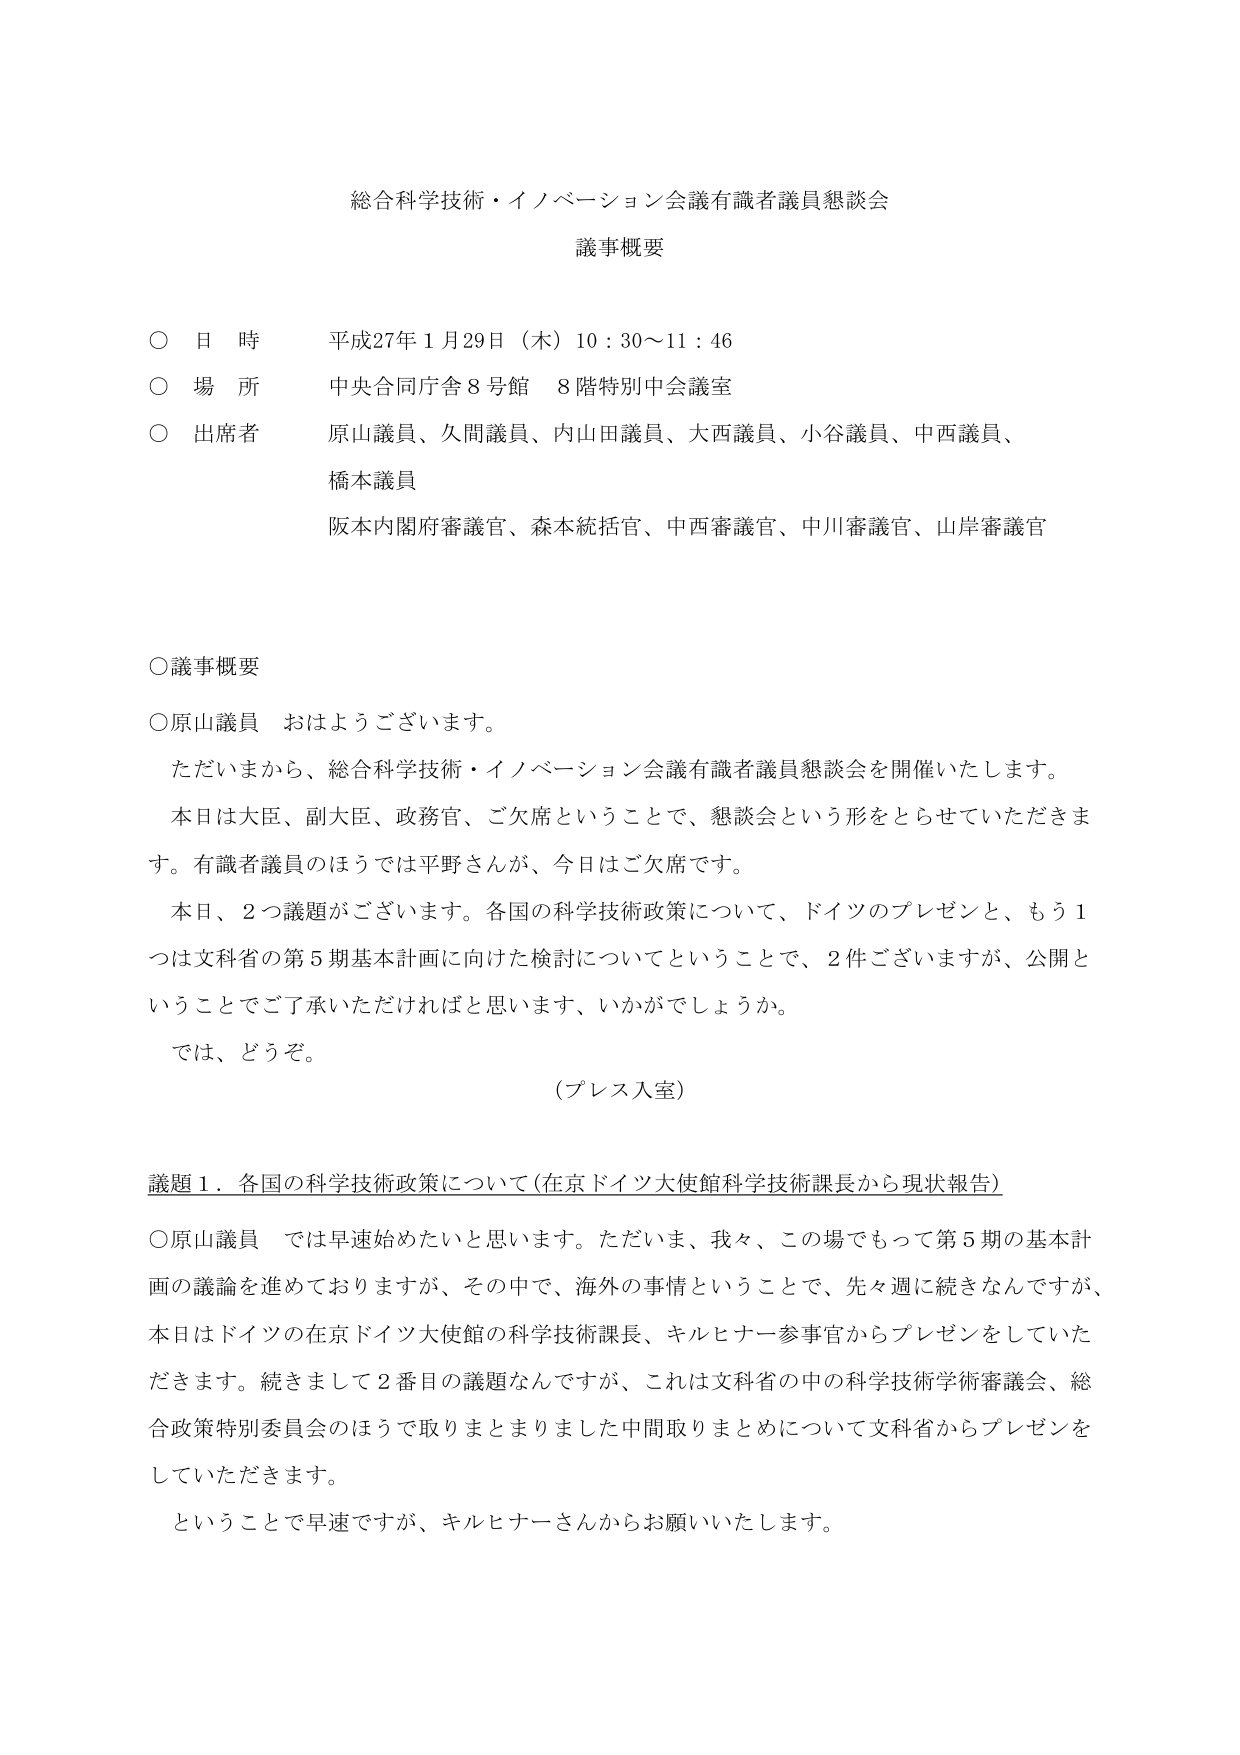
総合科学技術・イノベーション会議有識者議員懇談会
議事概要

○ 日 時 平成27年1月29日（木）10：30～11：46
○ 場 所 中央合同庁舎8号館 8階特別中会議室
○ 出席者 原山議員、久間議員、内山田議員、大西議員、小谷議員、中西議員、
　　　　　橋本議員
　　　　　阪本内閣府審議官、森本統括官、中西審議官、中川審議官、山岸審議官

○議事概要

○原山議員 おはようございます。
　ただいまから、総合科学技術・イノベーション会議有識者議員懇談会を開催いたします。
　本日は大臣、副大臣、政務官、ご欠席ということで、懇談会という形をとらせていただきま
　す。有識者議員のほうでは平野さんが、今日はご欠席です。
　本日、2つ議題がございます。各国の科学技術政策について、ドイツのプレゼンと、もう1
　つは文科省の第5期基本計画に向けた検討についてということで、2件ございますが、公開と
　いうことでご承いただければと思います、いかがでしょうか。
　では、どうぞ。
　　　　　　　　　　　　　　　　　（プレス入室）

議題1．各国の科学技術政策について（在京ドイツ大使館科学技術課長から現状報告）

○原山議員 では早速始めたいと思います。ただいま、我々、この場でもって第5期の基本計
　画の議論を進めておりますが、その中で、海外の事情ということで、先々週に続きなんですが、
　本日はドイツの在京ドイツ大使館の科学技術課長、キルヒナー参事官からプレゼンをしていた
　だきます。続きまして2番目の議題なんですが、これは文科省の中の科学技術学術審議会、総
　合政策特別委員会のほうで取りまとめました中間取りまとめについて文科省からプレゼンを
　していただきます。
　ということで早速ですが、キルヒナーさんからお願いいたします。